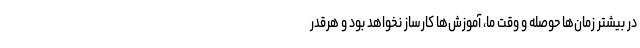
در بیشتر زمان‌ها حوصله و وقت ما، آموزش‌ها کارساز نخواهد بود و هرقدر